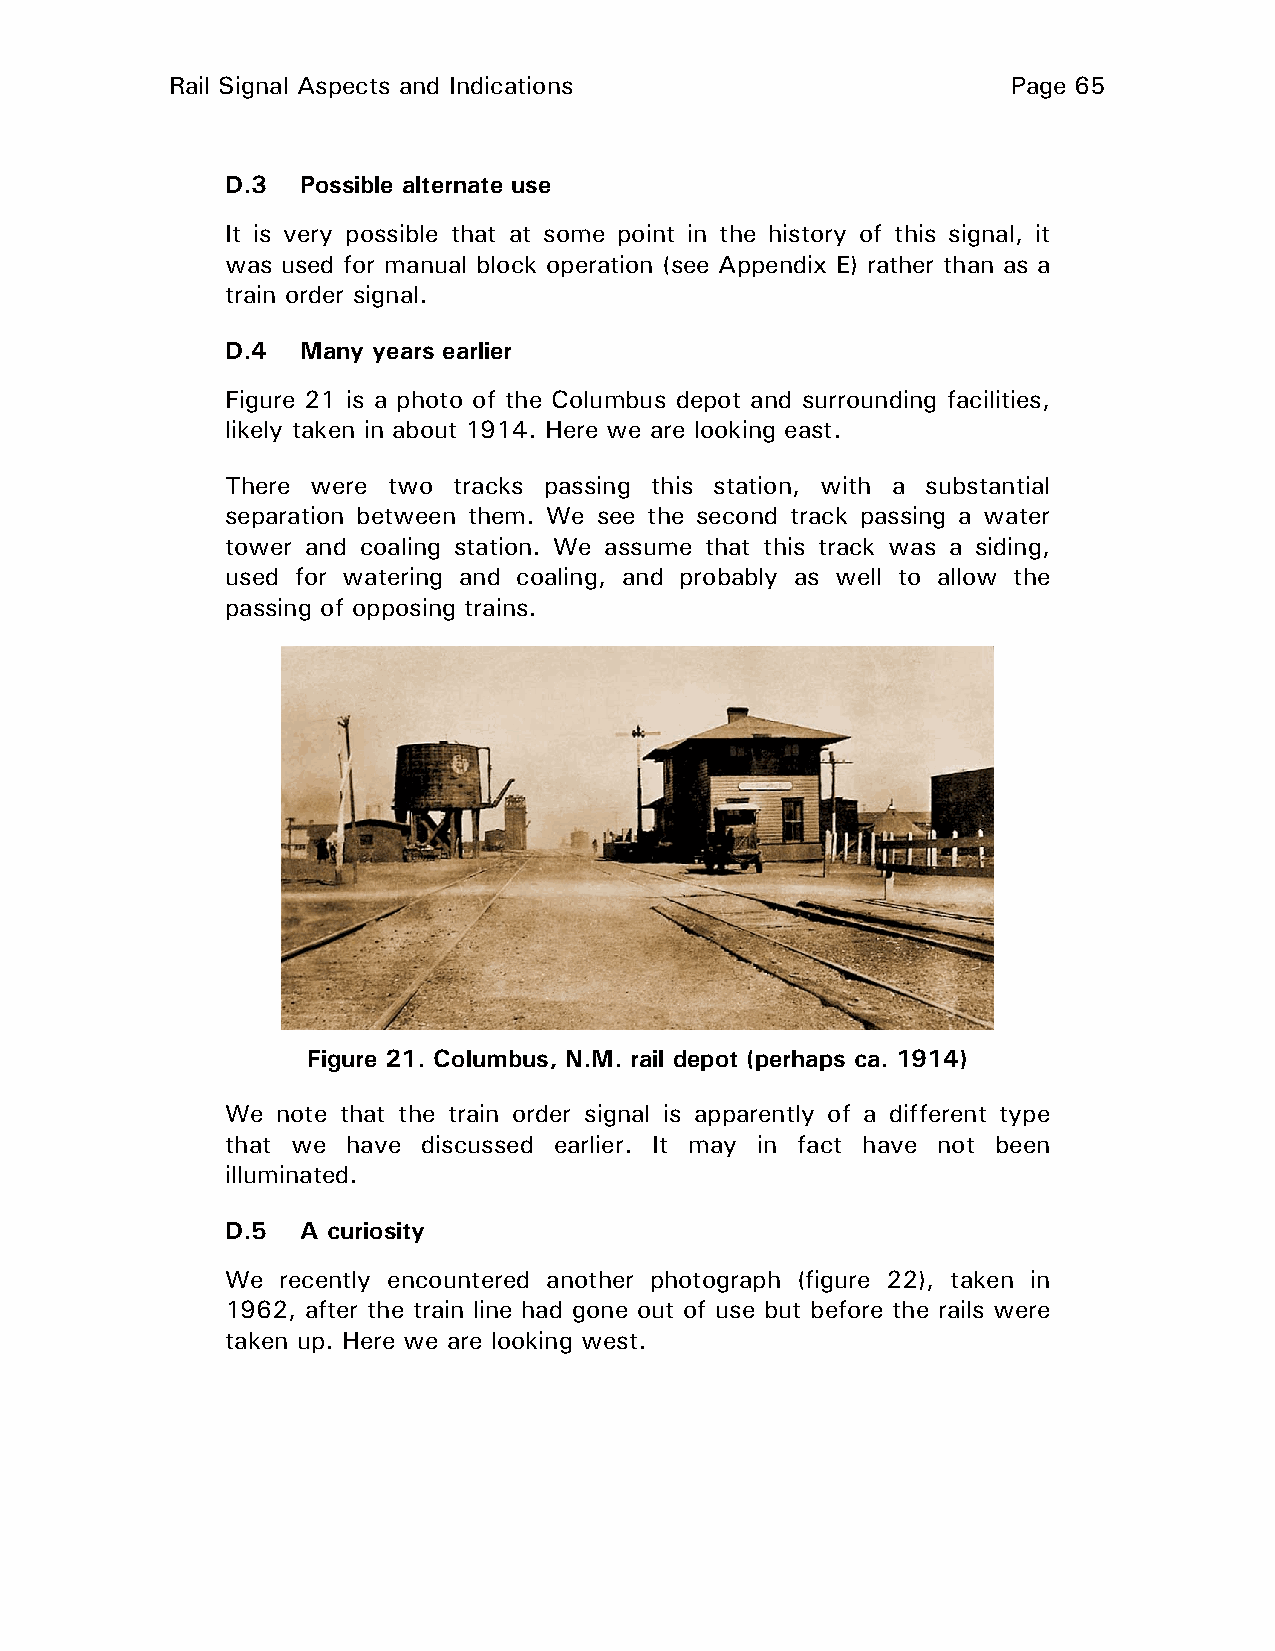
Rail Signal Aspects and Indications                     Page 65
 D.3  Possible alternate use
 It is very possible that at some point in the history of this signal, it
 was used for manual block operation (see Appendix E) rather than as a
 train order signal.
 D.4  Many years earlier
 Figure 21 is a photo of the Columbus depot and surrounding facilities,
 likely taken in about 1914. Here we are looking east.
 There were two tracks passing this station, with a substantial
 separation between them. We see the second track passing a water
 tower and coaling station. We assume that this track was a siding,
 used for watering and coaling, and probably as well to allow the
 passing of opposing trains.
 Figure 21. Columbus, N.M. rail depot (perhaps ca. 1914)
 We note that the train order signal is apparently of a different type
 that we have discussed earlier. It may in fact have not been
 illuminated.
 D.5  A curiosity
 We recently encountered another photograph (figure 22), taken in
 1962, after the train line had gone out of use but before the rails were
 taken up. Here we are looking west.